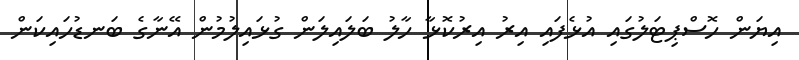
އިޔަން ހޮސްޕިޓަލުގައި އުޅެފައި އިރު އިރުކޮޅާ ހާލު ބަލައިލަން ގުޅައިލުމުން އޭނާގެ ބަނޑުހައިކަން